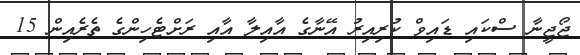
ޖޯޖީނާ ސްކައި ޑައިވް ކުރިއިރު އޭނާގެ އާއިލާ އާއި ރަށްޓެހިންގެ ތެރެއިން 15